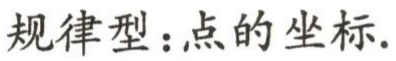
规律型：点的坐标.